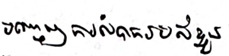
បញ្ចេញការលំបាករបស់ខ្លួន